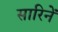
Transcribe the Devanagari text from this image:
सारिनें